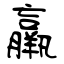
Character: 羸